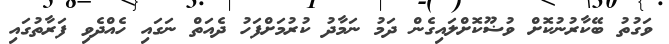
ވަގުތު ބޭކާރުނުކޮށް ވުޟޫކޮށްލައިގެން ދަމު ނަމާދު ކުރުމަށްފަހު ދެއަތް ނަގައި ހެއްދެވި ފަރާތުގައި